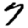
Digit: 7